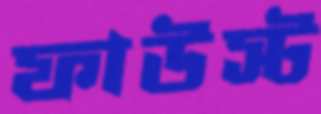
ফাউস্ট